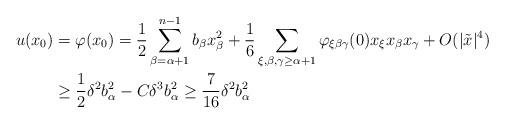
LaTeX: \begin{align*}\begin{aligned}u (x_0)& =\varphi(x_0)= \frac{1}{2} \sum_{\beta=\alpha+1}^{n-1} b_\beta x_\beta^2 + \frac{1}{6} \sum_{\xi, \beta, \gamma \geq \alpha+1} \varphi_{\xi \beta \gamma} (0) x_\xi x_\beta x_\gamma + O (|\tilde{x}|^4)\\&\geq \frac{1}{2} \delta^2 b_\alpha^2 - C \delta^3 b_\alpha^2 \geq \frac{7}{16} \delta^2 b_\alpha^2\end{aligned}\end{align*}